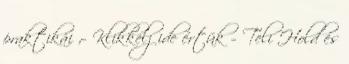
praktikái ;- Klikkelj ide értük – Teli Hold és